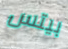
بيتس